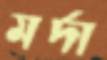
মর্দা